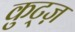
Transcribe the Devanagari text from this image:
कुट्ज़